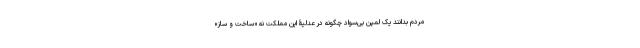
مردم بدانند یک لمپن بی‌سواد چگونه در عدلیۀ این مملکت نه «ساخت و ساز»